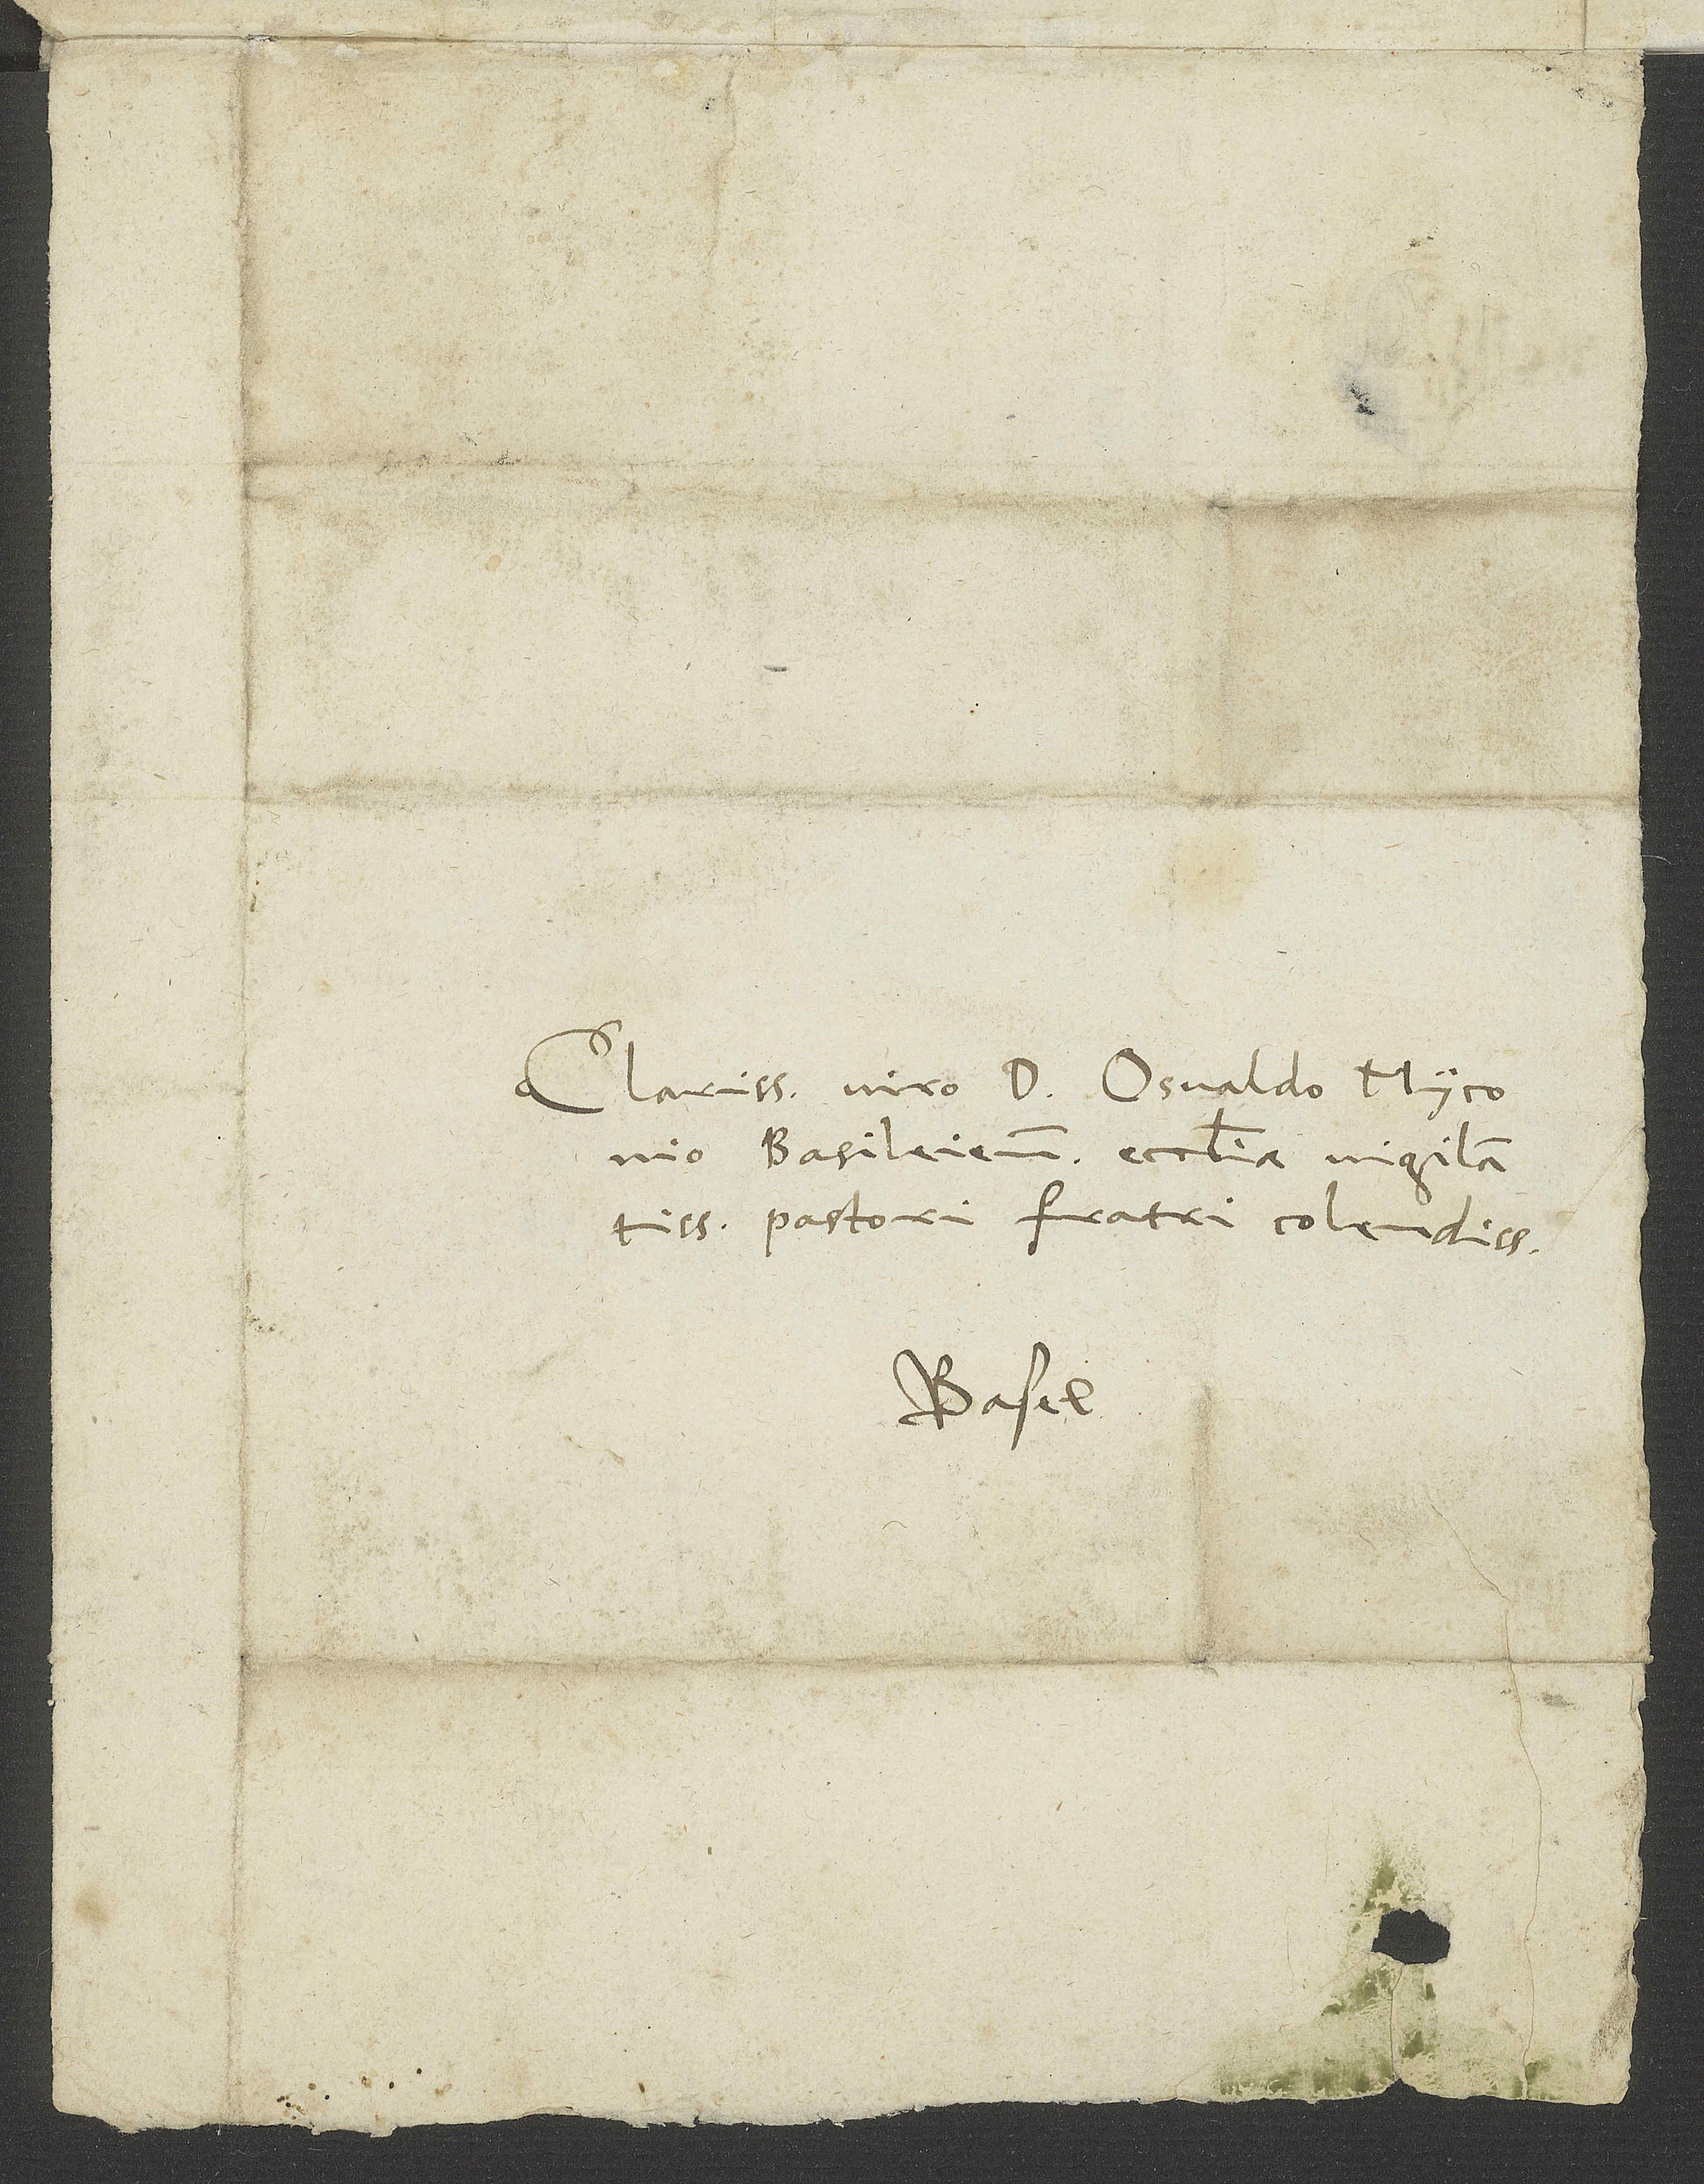
Clarissimo viro d. Osvaldo Myconio,
pastori, fratri colendissimo.
Basel.